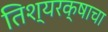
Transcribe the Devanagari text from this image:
तिश्यरक्षाचा